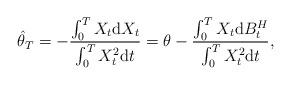
LaTeX: \begin{align*}\hat{\theta}_T=-\frac{\int_0^T X_t\mathrm{d}X_t}{\int_0^T X_t^2\mathrm{d} t}=\theta-\frac{\int_0^T X_t\mathrm{d}B^{H}_t}{\int_0^T X_t^2\mathrm{d} t},\end{align*}